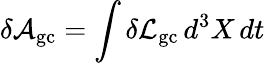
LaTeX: \delta{\cal A}_{\mathrm{gc}}=\int\delta{\cal L}_{\mathrm{gc}}\, d^{3}X\, dt